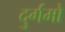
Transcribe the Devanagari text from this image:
दुर्गमो